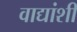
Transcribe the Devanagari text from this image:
वाद्यांशी